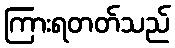
ကြားရတတ်သည်